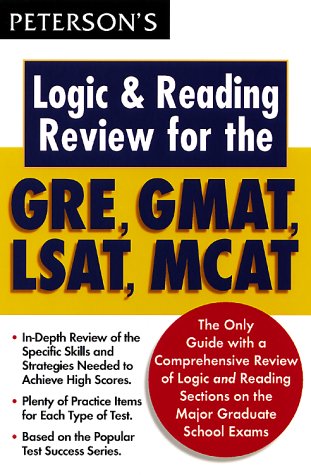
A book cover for Logic Flash:GRE,GMAT,LSAT; Peterson's; Test Preparation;